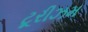
ટૂરીઝમ